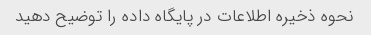
نحوه ذخیره اطلاعات در پایگاه داده را توضیح دهید